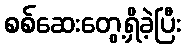
စစ်ဆေးတွေ့ရှိခဲ့ပြီး